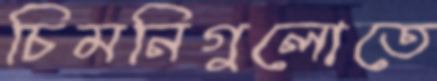
চিমনিগুলোতে